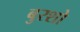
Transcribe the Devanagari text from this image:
बुरशो